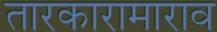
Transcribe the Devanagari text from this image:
तारकारामाराव